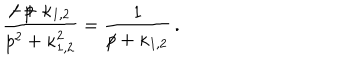
\frac { { - p \hspace { - 0 . 2 c m } / } + \kappa _ { 1 , 2 } } { p ^ { 2 } + \kappa _ { 1 , 2 } ^ { 2 } } = \frac { 1 } { { p \hspace { - 0 . 2 c m } / } + \kappa _ { 1 , 2 } } \, .